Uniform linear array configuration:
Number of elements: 12
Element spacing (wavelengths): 0.75
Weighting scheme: exponential
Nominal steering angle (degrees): -15
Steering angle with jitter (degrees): -14.326
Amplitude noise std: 0.05
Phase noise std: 0.05

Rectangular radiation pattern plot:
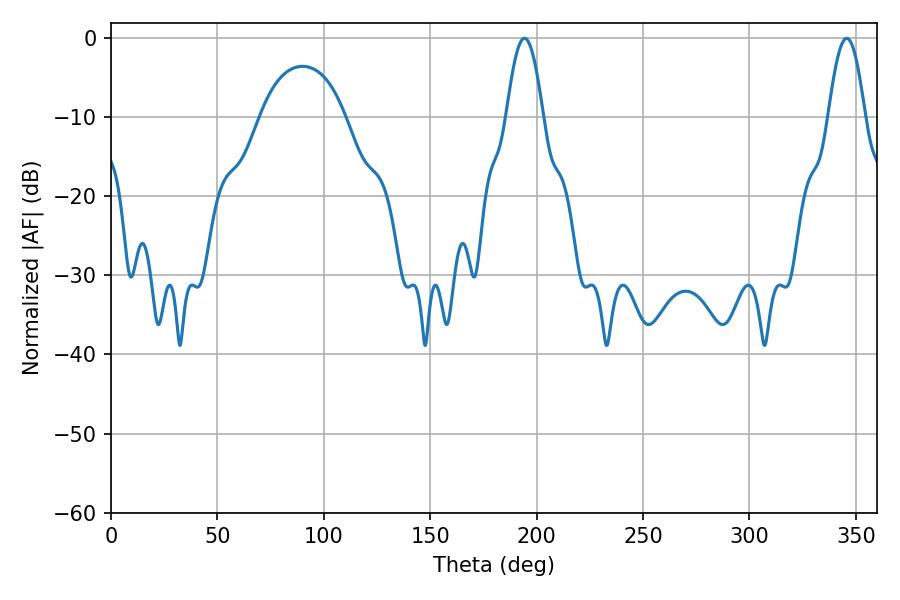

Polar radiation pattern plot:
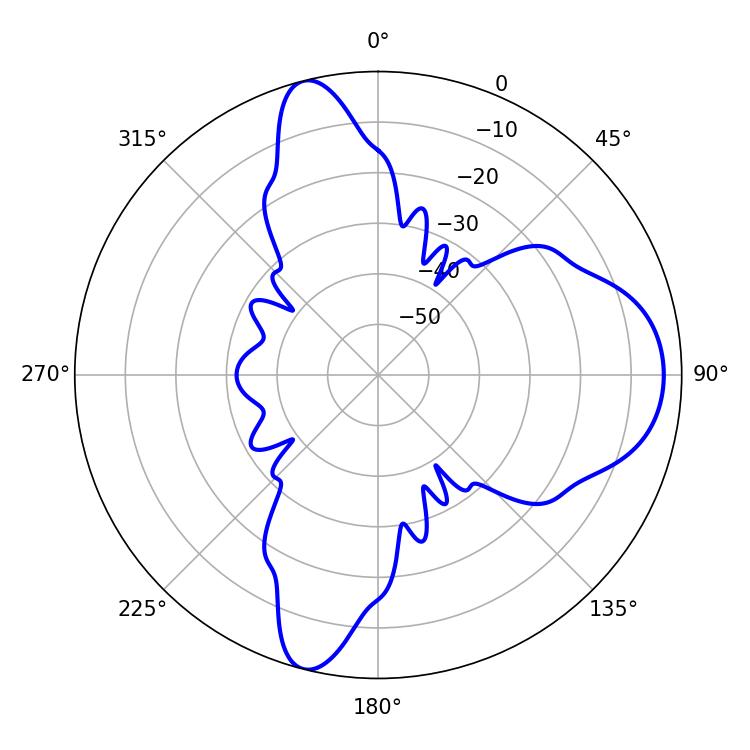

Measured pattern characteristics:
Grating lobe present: TRUE
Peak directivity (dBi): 11.453
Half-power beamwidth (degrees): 9.18
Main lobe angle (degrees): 194.22